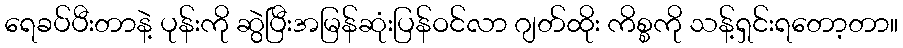
ရေခပ်ပီးတာနဲ့ ပုန်းကို ဆွဲပြီးအမြန်ဆုံးပြန်ဝင်လာ ဂျတ်ထိုး ကိစ္စကို သန့်ရှင်းရတော့တာ။